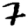
Digit: 7